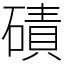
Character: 磧